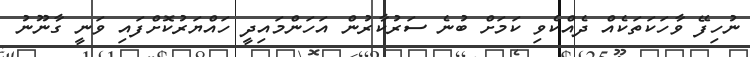
ނުހިފޭ ވާހަކަތަކެއް ދެއްކެވި ކަމަށް ބުނެ ސަރުކާރުން އަހަންމައިދީ ހައްޔަރުކޮށްފައި ވަނީ ގާނޫނު